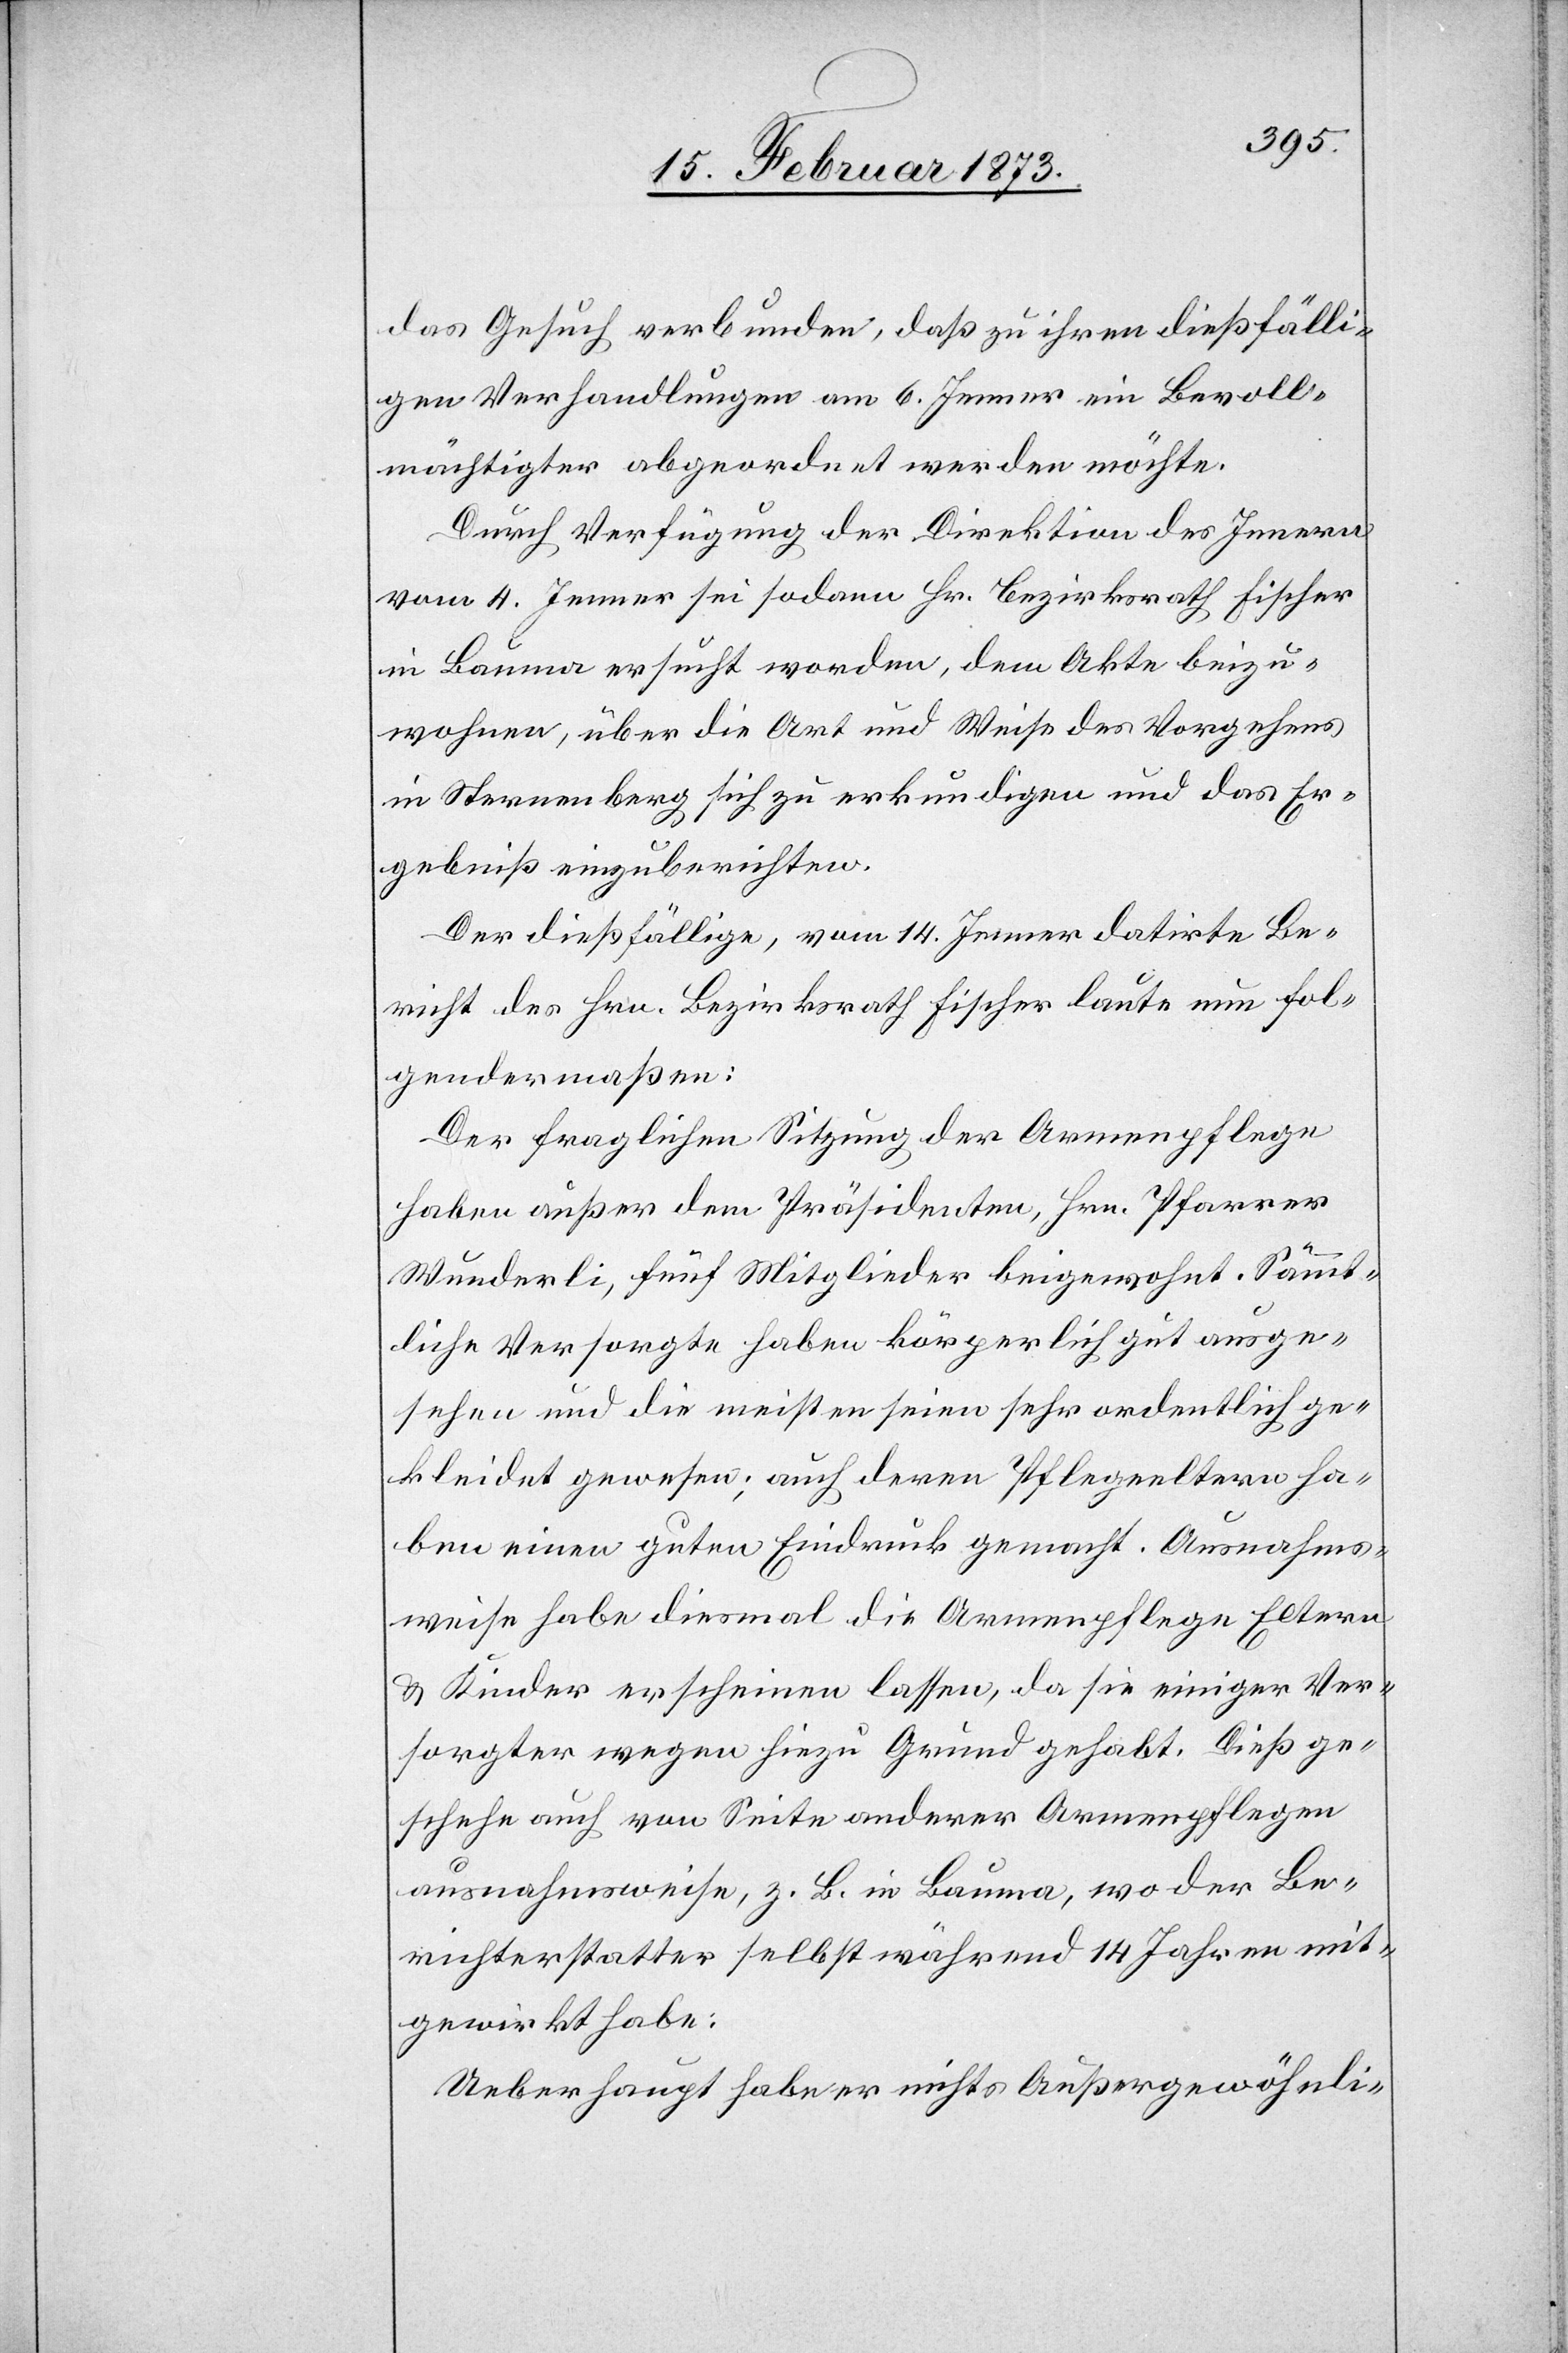
das Gesuch verbunden, daß zu ihren dießfälli¬
gen Verhandlungen am 6. Jenner ein Bevoll¬
mächtigter abgeordnet werden möchte.
Durch Verfügung der Direktion des Innern
vom 4. Jenner sei sodann Hr. Bezirksrath Fischer
in Bauma ersucht worden, dem Akte beizu¬
wohnen, über die Art und Weise des Vorgehens
in Sternenberg sich zu erkundigen und das Er¬
gebniß einzuberichten.
Der dießfällige, vom 14. Jenner datirte Be¬
richt des Hrn. Bezirksrath Fischer laute nun fol¬
gendermaßen:
Der fraglichen Sitzung der Armenpflege
haben außer dem Präsidenten, Hrn. Pfarrer
Wunderli, fünf Mitglieder beigewohnt. Sämmt¬
liche Versorgte haben körperlich gut ausge¬
sehen und die meisten seien sehr ordentlich ge¬
kleidet gewesen; auch deren Pflegeeltern ha¬
ben einen guten Eindruck gemacht. Ausnahms¬
weise habe diesmal die Armenpflege Eltern
u. Kinder erscheinen lassen, da sie einiger Ver¬
sorgter wegen hiezu Grund gehabt. Dieß ge¬
schehe auch von Seite anderer Armenpflegen
ausnahmsweise, z. B. in Bauma, wo der Be¬
richterstatter selbst während 14 Jahren mit¬
gewirkt habe:
Ueberhaupt habe er nichts Außergewöhnli-